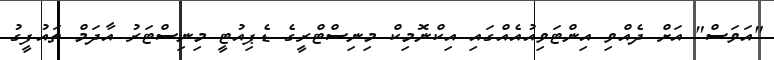
"އަވަސް" އަށް ދެއްވި އިންޓަވިއުއެއްގައި އިކްނޮމިކް މިނިސްޓްރީގެ ޑެޕިއުޓީ މިނިސްޓަރު އާދަމް ތައުފީގު